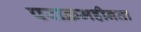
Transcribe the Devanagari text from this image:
पराक्रमहीनता